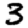
Digit: 3